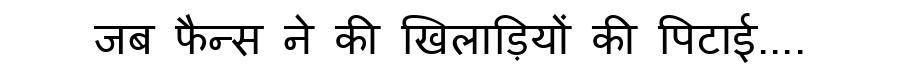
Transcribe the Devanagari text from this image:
जब फैन्स ने की खिलाड़ियों की पिटाई....